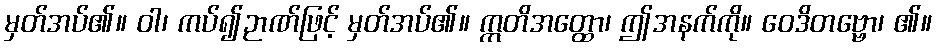
မှတ်အပ်၏။ ဝါ၊ ကပ်၍ဉာဏ်ဖြင့် မှတ်အပ်၏။ ဣတိအတ္ထော၊ ဤအနက်ကို။ ဝေဒိတဗ္ဗော၊ ၏။